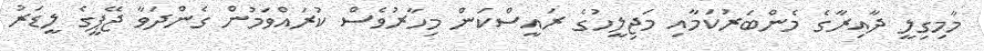
މާމިގިލީ ދާއިރާގެ މެންބަރުކަމާއި މަޖިލީހުގެ ރައީީސްކަން މިހާރުވެސް ކުރައްވަމުން ގެންދަވާ ޖޭޕީގެ ލީޑަރު